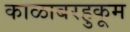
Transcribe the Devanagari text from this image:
काळाबरहुकूम